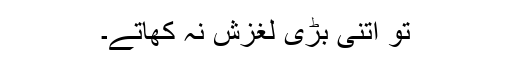
تو اتنی بڑی لغزش نہ کھاتے۔